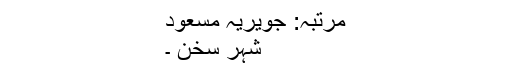
مرتبہ: جویریہ مسعود
شہرِ سخن ۔